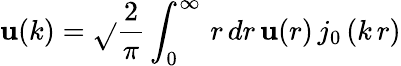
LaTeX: \mathbf{u}(k)=\sqrt{}{{\frac{{2}}{{\pi}}}}\int_{0}^{\infty}\, r\, dr\, \mathbf{u}(r)\, j_{0}\left(k\, r\right)